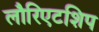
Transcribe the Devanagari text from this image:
लौरिएटशिप